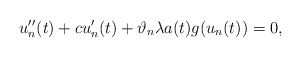
\begin{align*}u''_{n}(t) + c u'_{n}(t) + \vartheta_{n} \lambda a(t) g(u_{n}(t)) = 0,\end{align*}